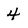
Character: 4